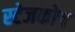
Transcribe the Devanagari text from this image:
स्‍टेजकोच